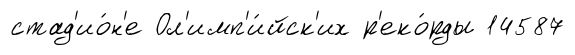
стад'ио́н'е Ол'имп'и́йск'их р'еко́рды 14587